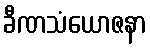
ခီဏသံယောဇနာ